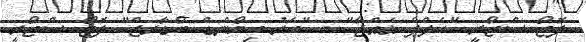
ފޮޓޯ ސްޓޯރީ "ހެލްޕް ޣައްޒާ" - "ބެރު ބިޔޯންޑް ބޯޑާރޒް" ފޮޓޯ ސްޓޯރީ